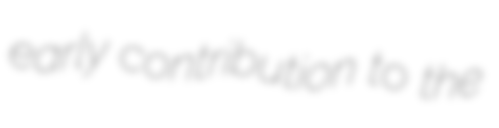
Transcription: early contribution to the